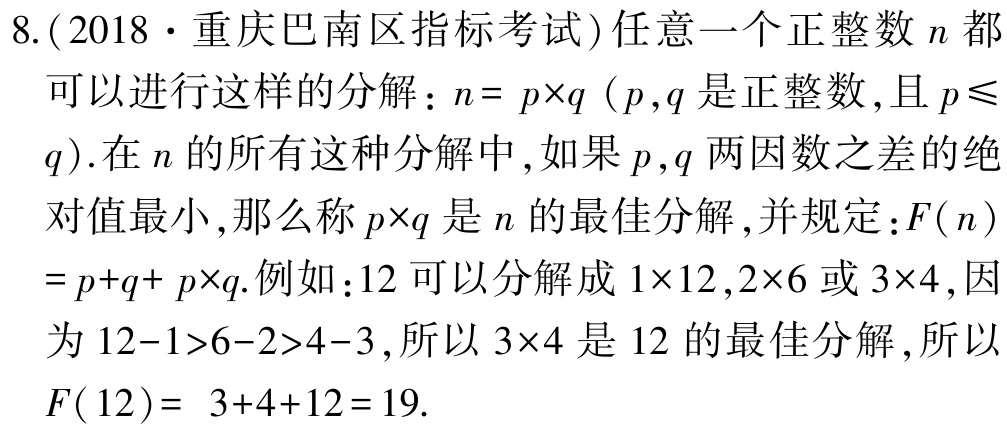
8.(2018·重庆巴南区指标考试)任意一个正整数\(n\)都
可以进行这样的分解：\(n = p\times q\) (\(p,q\)是正整数,且\(p\leqslant
q\)).在\(n\)的所有这种分解中,如果\(p,q\)两因数之差的绝
对值最小,那么称\(p\times q\)是\(n\)的最佳分解,并规定：\(F(n)\)
\(= p + q + p\times q\).例如：\(12\)可以分解成\(1\times12,2\times6\)或\(3\times4\),因
为\(12 - 1>6 - 2>4 - 3\),所以\(3\times4\)是\(12\)的最佳分解,所以
\(F(12)= 3 + 4 + 12 = 19\).